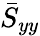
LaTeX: \bar{S}_{yy}